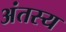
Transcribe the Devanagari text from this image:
अंतस्य